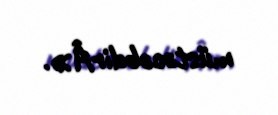
müstəcəbdirÂ».